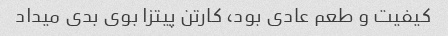
کیفیت و طعم عادی بود، کارتن پیتزا بوی بدی میداد